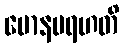
မောနမရဟတိ